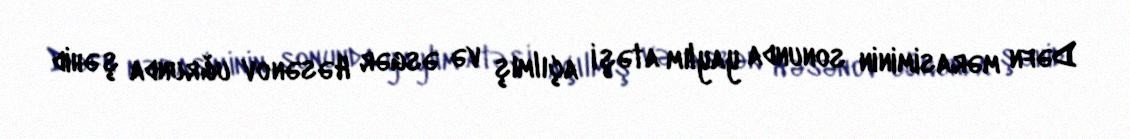
Dəfn mərasiminin sonunda yaylım atəşi açılmış və əsgər Həsənov uğrunda şəhid